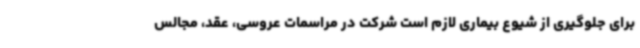
برای جلوگیری از شیوع بیماری لازم است شرکت در مراسمات عروسی، عقد، مجالس